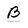
Character: B